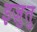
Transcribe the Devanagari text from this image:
इज़ुतु